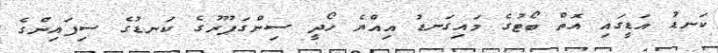
ކަނޑު އަޑީގައި އޮތް ބޯޓުގެ މައިގަނޑު އިއްޔެ ހޯދީ ސިންގަޕޫރުގެ ކަނޑުގެ ސިފައިންގެ